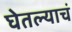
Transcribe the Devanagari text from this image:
घेतल्याचं